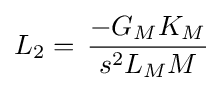
L_{2}=\,{\frac {-G_{M}K_{M}}{s^{2}L_{M}M}}